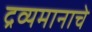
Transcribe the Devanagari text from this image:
द्रव्यमानाचे